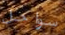
سواحل